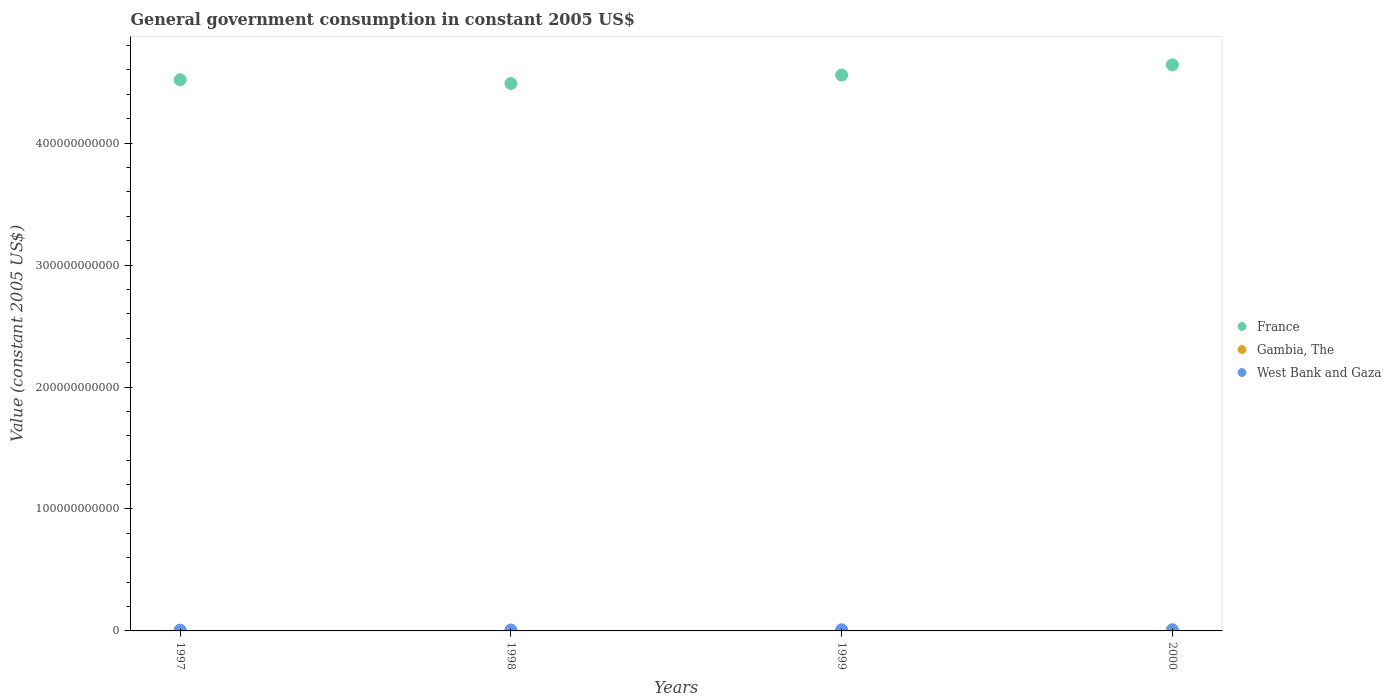
| Years | France | Gambia, The | West Bank and Gaza |
 | --- | --- | --- | --- |
 | 1997 | 4.52e+11 | 2.99e+07 | 6.28e+08 |
 | 1998 | 4.49e+11 | 2.87e+07 | 7.71e+08 |
 | 1999 | 4.56e+11 | 3.14e+07 | 9.21e+08 |
 | 2000 | 4.64e+11 | 3.6e+07 | 9.7e+08 |